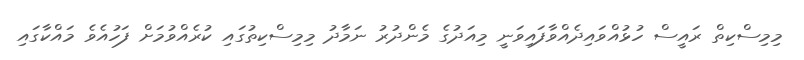
މިމިސްކިތް ރައީސް ހުޅުއްވައިދެއްވާފައިވަނީ މިއަދުގެ މެންދުރު ނަމާދު މިމިސްކިތުގައި ކުރެއްވުމަށް ފަހުއެވެ މައްކާގައި